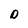
Character: D